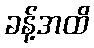
ခန့်အထိ